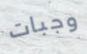
وجبات